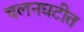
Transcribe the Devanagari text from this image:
चलनघटीत